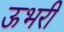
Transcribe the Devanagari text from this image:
ऊभरी